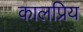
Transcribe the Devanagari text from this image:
कालप्रिय